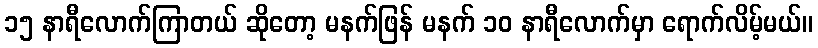
၁၅ နာရီလောက်ကြာတယ် ဆိုတော့ မနက်ဖြန် မနက် ၁၀ နာရီလောက်မှာ ရောက်လိမ့်မယ်။